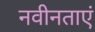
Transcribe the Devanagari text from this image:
नवीनताएं